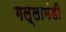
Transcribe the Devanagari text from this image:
गल्लामंडी